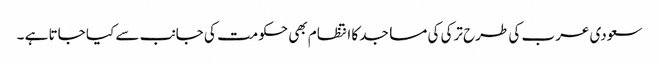
سعودی عرب کی طرح ترکی کی مساجد کا انتظام بھی حکومت کی جانب سے کیا جاتا ہے ۔